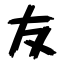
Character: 友